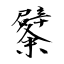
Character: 糪